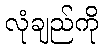
လုံချည်ကို